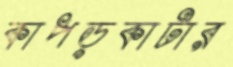
কাপড়কাটার